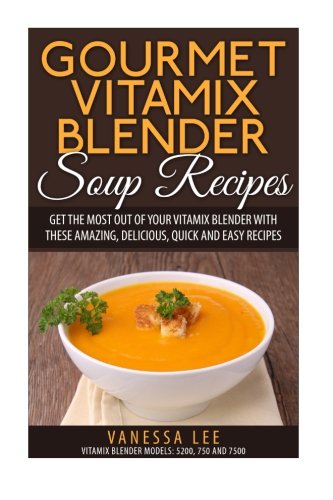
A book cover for Gourmet Vitamix Blender Soup Recipes: Get The Most Out Of Your Vitamix Blender With These Amazing, Delicious, Quick and Easy Recipes; Vanessa Lee; Cookbooks, Food & Wine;